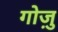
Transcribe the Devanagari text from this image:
गोज़ु